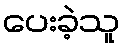
ပေးခဲ့သူ